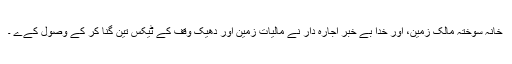
خانہ سوختہ مالکِ زمین، اور خدا بے خبر اجارہ دار نے مالیاتِ زمین اور دھیکِ وقف کے ٹیکس تین گنا کر کے وصول کےے ۔